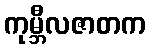
ကုမ္ဘီလဇာတက